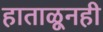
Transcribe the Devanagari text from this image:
हाताळूनही